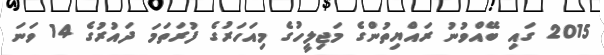
2015 ގައި ބޭއްވުނު ރައްޔިތުންގެ މަޖިލީހުގެ މިއަހަރުގެ ފުރަތަމަ ދައުރުގެ 14 ވަނަ